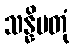
သန္နိပတုံ